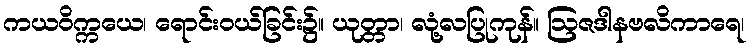
ကယဝိက္ကယေ၊ ရောင်းဝယ်ခြင်း၌။ ယုတ္တာ၊ လုံ့လပြုကုန်။ ဩဇဒါနဗလိကာရေ၊